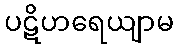
ပဋိဟရေယျာမ